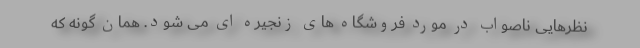
نظرهایی ناصواب در مورد فروشگاه های زنجیره ای می شود. همان گونه که